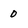
Character: 0